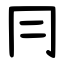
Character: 冃